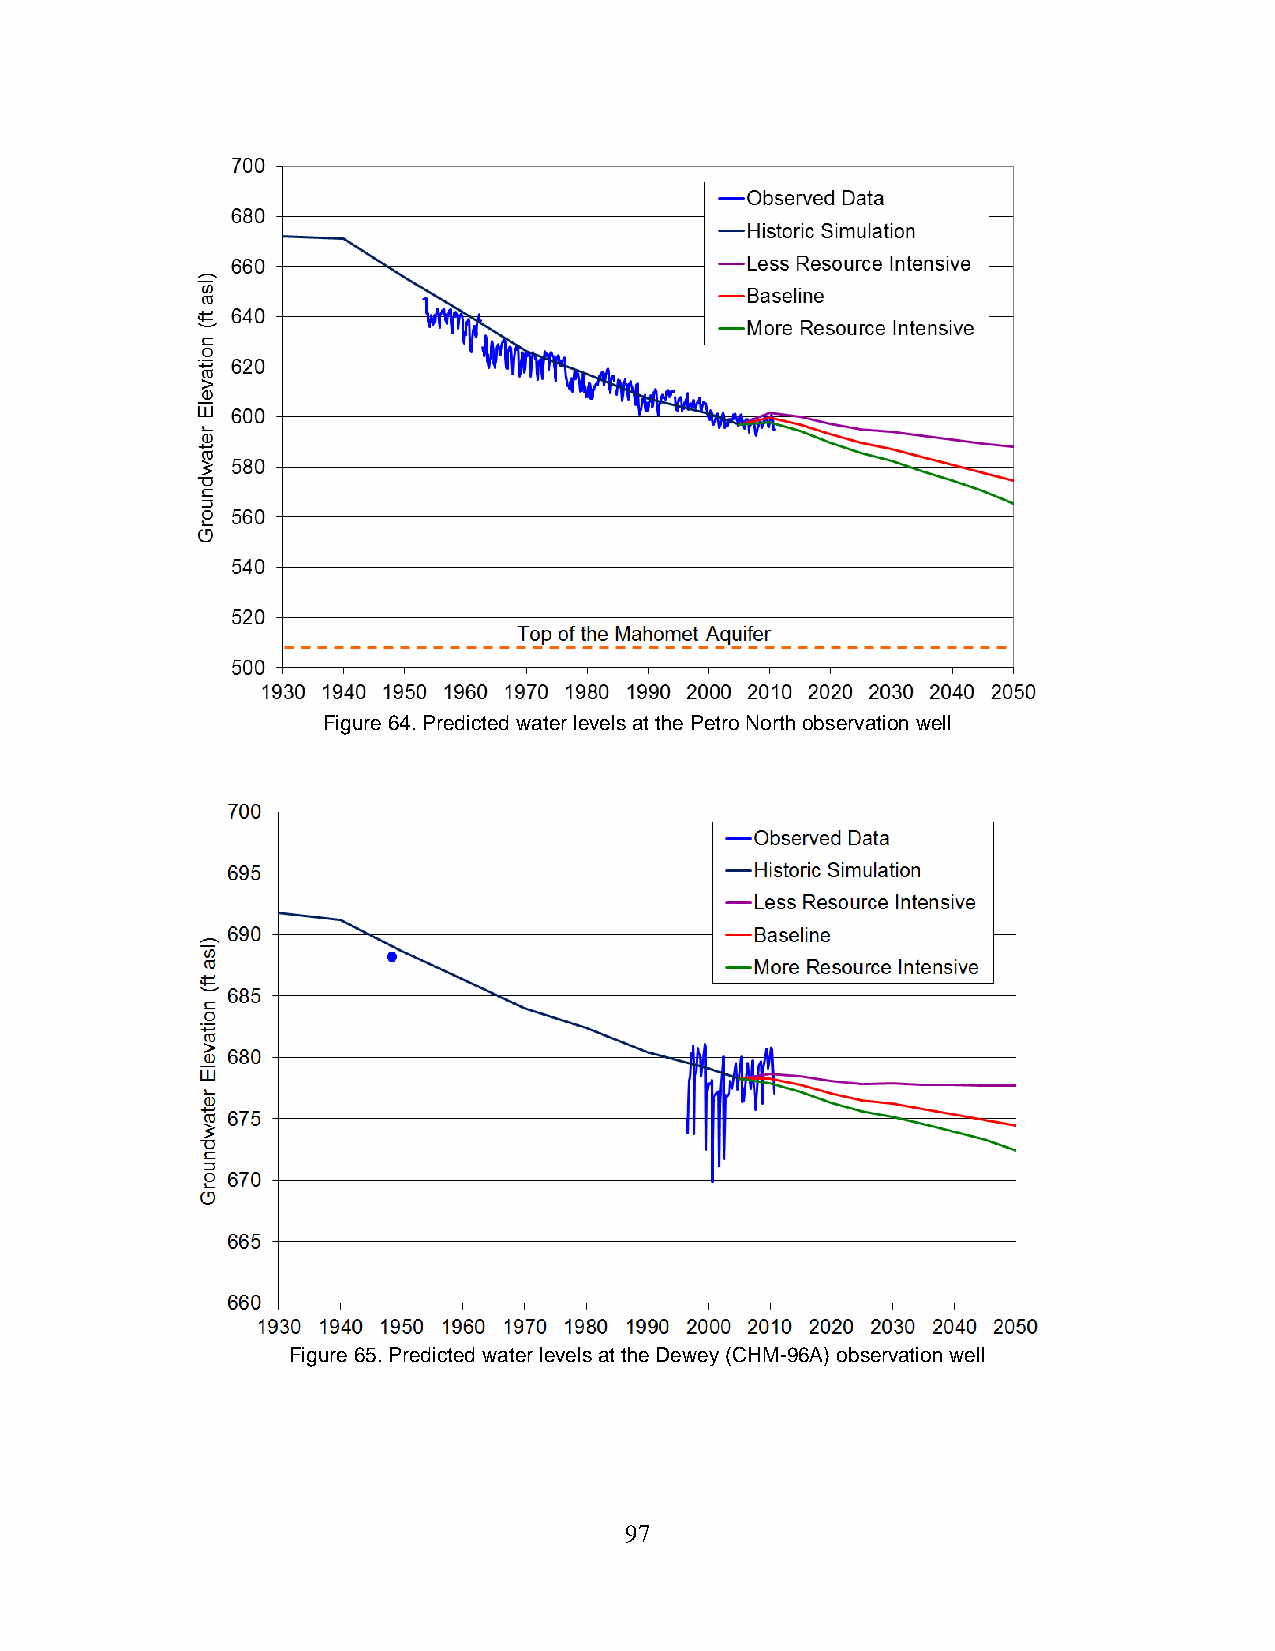
Figure 64. Predicted water levels at the Petro North observation well
 Figure 65. Predicted water levels at the Dewey (CHM-96A) observation well
 97